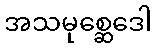
အသမုစ္ဆေဒေါ